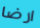
ارضا